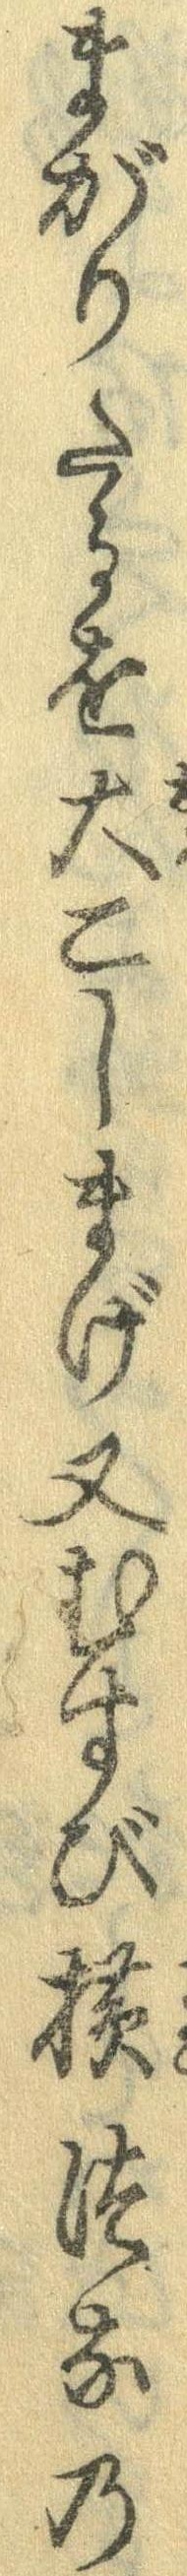
まがりたるを大こしまげ又むすび横つなの